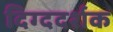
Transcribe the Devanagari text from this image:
दिग्ददर्शक